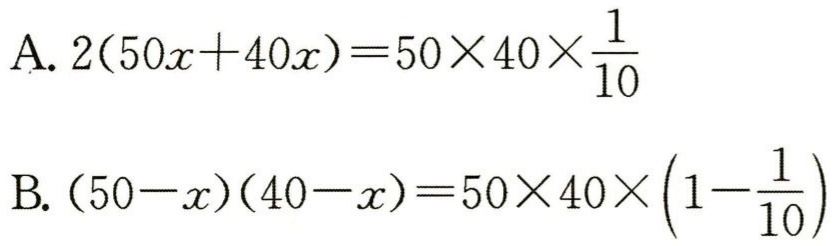
A. \(2(50x + 40x)=50\times40\times\frac{1}{10}\)
B. \((50 - x)(40 - x)=50\times40\times(1-\frac{1}{10})\)